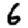
Digit: 6